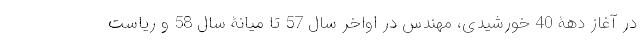
در آغاز دهۀ 40 خورشیدی، مهندس در اواخر سال 57 تا میانۀ سال 58 و ریاست